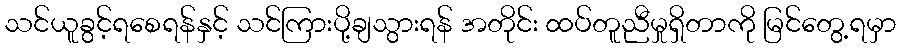
သင်ယူခွင့်ရစေရန်နှင့် သင်ကြားပို့ချသွားရန် အတိုင်း ထပ်တူညီမှုရှိတာကို မြင်တွေ့ရမှာ